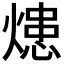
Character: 𤍲